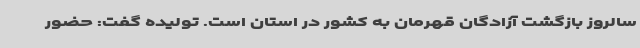
سالروز بازگشت آزادگان قهرمان به کشور در استان است. تولیده گفت: حضور